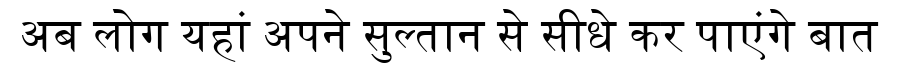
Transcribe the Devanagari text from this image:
अब लोग यहां अपने सुल्तान से सीधे कर पाएंगे बात